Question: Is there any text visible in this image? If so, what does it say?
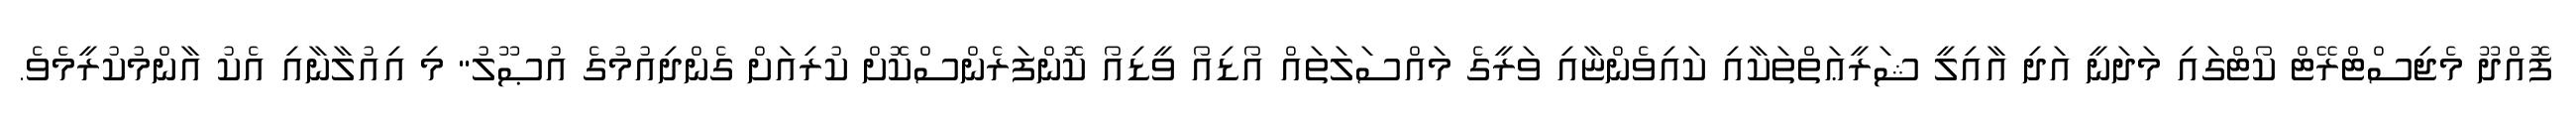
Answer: ފޮއްދޫ މެޖިސްޓްރޭޓް ކޯޓްގައި މަދަނީ އަދި އާއިލީ ޝަރީޢަތްތަކާއި ކައިވެންޏާއި ވަރީގެ މައްސަލަތައް އޯޑިއޯ ވީޑިއޯ ކޮންފަރެންސްކޮށް ކުރިއަށް ގެންދިއުމުގެ އުޞޫލު" މި އިއުލާނާއި އެކު އާންމުކުރީމެވެ.